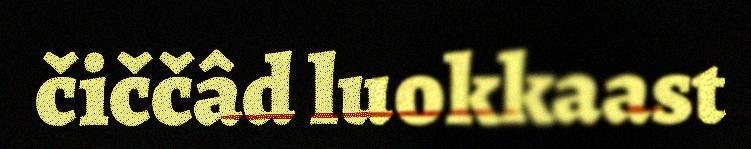
čiččâd luokkaast